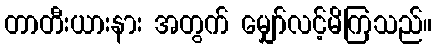
တာတီးယားနား အတွက် မျှော်လင့်မိကြသည်။